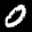
Label: 0